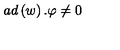
a d \left( w \right) . \varphi \neq 0